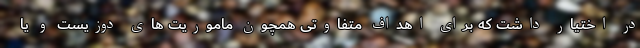
در اختیار داشت که برای اهداف متفاوتی همچون ماموریت های دوزیست و یا